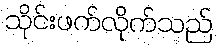
သိုင်းဖက်လိုက်သည်